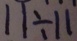
1 1 \div 1 1